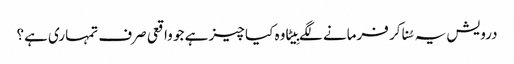
درویش یہ سُنا کر فرمانے لگے بِیٹا وہ کیا چیز ہے جو واقعی صرف تمہاری ہے؟